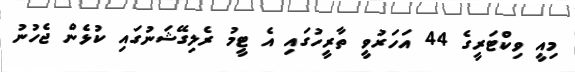
މިއީ ވިކްޓަރީގެ 44 އަހަރުވީ ތާރީހުގައި އެ ޓީމު ރެލިގޭޝަނުގައި ކުޅެން ޖެހުނު